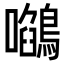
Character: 𭌻